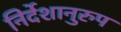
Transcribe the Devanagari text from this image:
निर्देशानुरुप